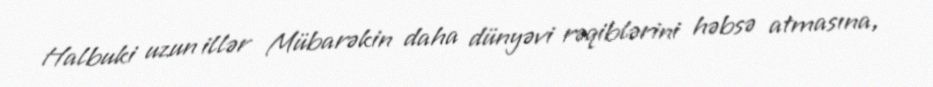
Halbuki uzun illər Mübarəkin daha dünyəvi rəqiblərini həbsə atmasına,